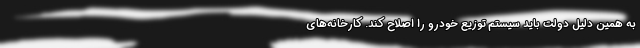
به همین دلیل دولت باید سیستم توزیع خودرو را اصلاح کند. کارخانه‌های